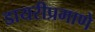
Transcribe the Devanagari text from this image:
डायरीप्रमाणे